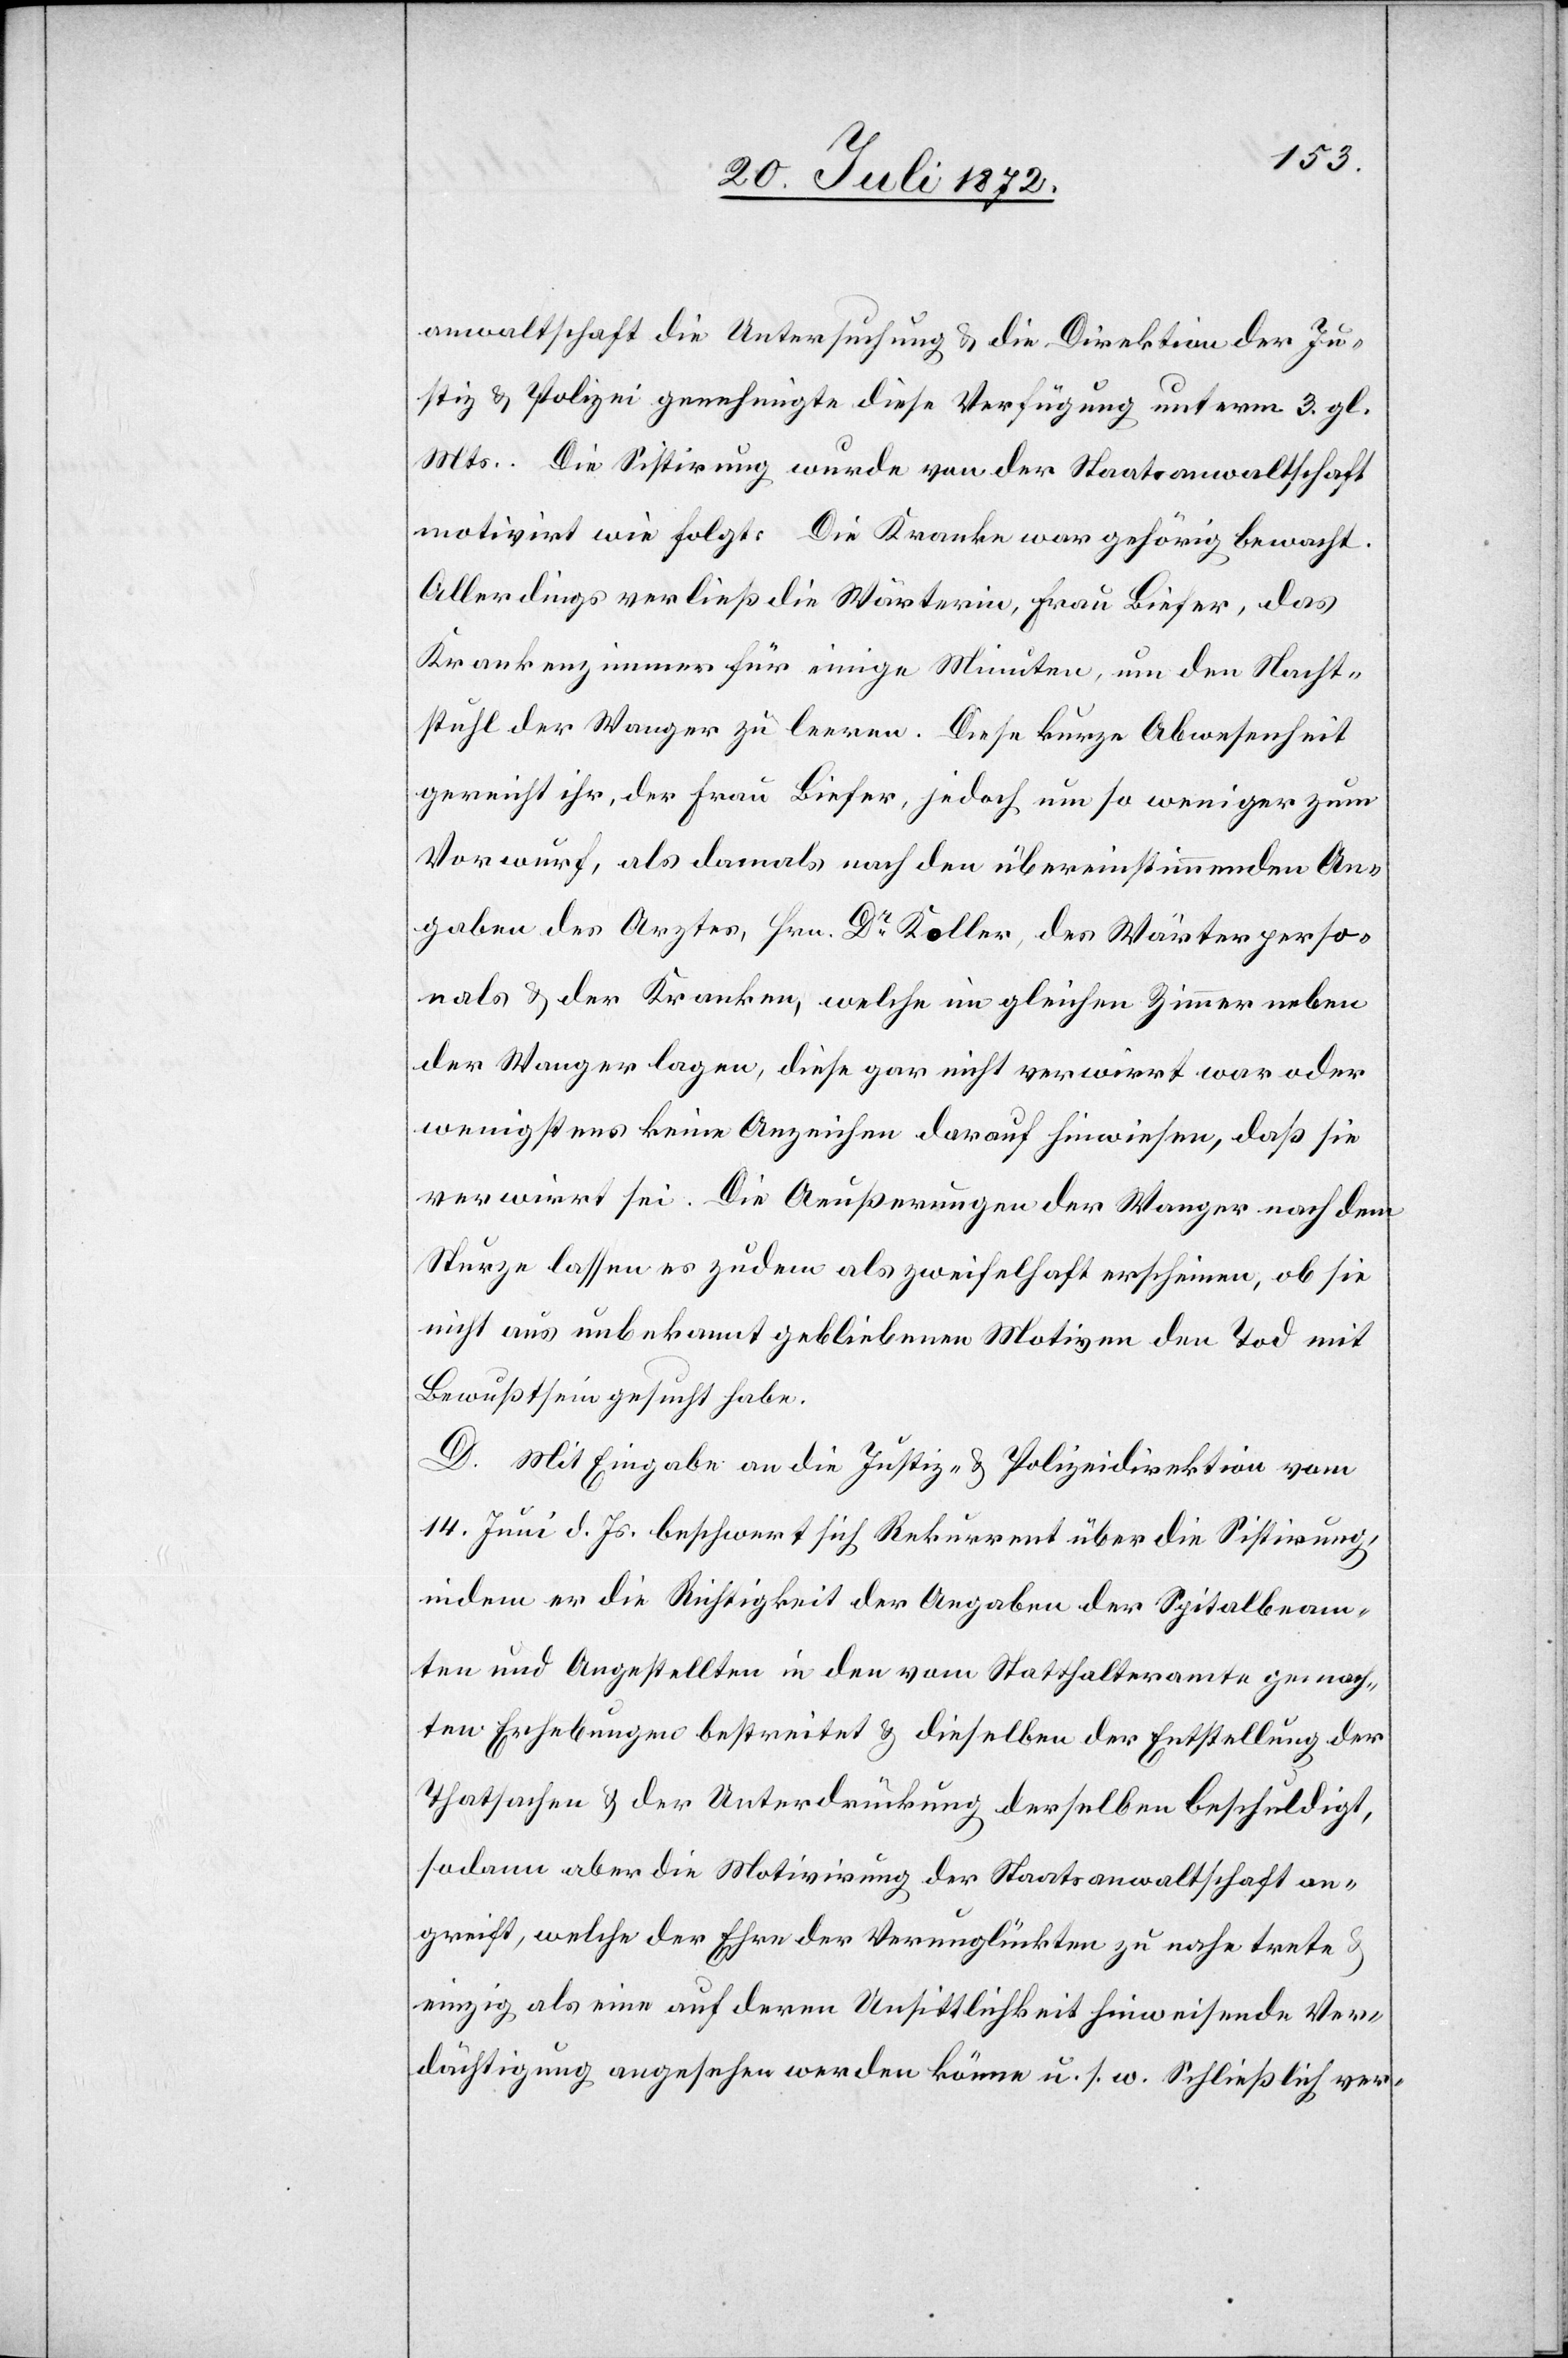
anwaltschaft die Untersuchung u. die Direktion der Ju¬
stiz u. Polizei genehmigte diese Verfügung unterm 3. gl.
Mts. Die Sistirung wurde von der Staatsanwaltschaft
motivirt wie folgt: Die Kranke war gehörig bewacht.
Allerdings verließ die Wärterin, Frau Biefer, das
Krankenzimmer für einige Minuten, um den Nacht¬
stuhl der Wanger zu leeren. Diese kurze Abwesenheit
gereicht ihr, der Frau Biefer, jedoch um so weniger zum
Vorwurf, als damals nach den übereinstimmenden An¬
gaben des Arztes, Hrn. Dr Koller, des Wärterperso¬
nals u. der Kranken, welche im gleichen Zimmer neben
der Wanger lagen, diese gar nicht verwirrt war oder
wenigstens keine Anzeichen darauf hinwiesen, daß sie
verwirrt sei. Die Aeußerungen der Wanger nach dem
Sturze lassen es zudem als zweifelhaft erscheinen, ob sie
nicht aus unbekannt gebliebenen Motiven den Tod mit
Bewußtsein gesucht habe.
D. Mit Eingabe an die Justiz- u. Polizeidirektion vom
14. Juni d. Js. beschwert sich Rekurrent über die Sistirung,
indem er die Richtigkeit der Angaben der Spitalbeam¬
ten und Angestellten in den vom Statthalteramte gemach¬
ten Erhebungen bestreitet u. dieselben der Erstellung der
Thatsachen u. der Unterdrückung derselben beschuldigt,
sodann aber die Motivirung der Staatsanwaltschaft an¬
greift, welche der Ehre der Verunglückten zu nahe trete u.
einzig als eine auf deren Unsittlichkeit hinweisende Ver¬
dächtigung angesehen werden könne u. s. w. Schließlich ver-